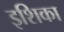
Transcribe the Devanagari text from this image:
इशिका